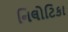
નિલોટિકા